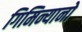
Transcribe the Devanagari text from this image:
गिमिन्यानो